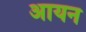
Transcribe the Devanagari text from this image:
अायन